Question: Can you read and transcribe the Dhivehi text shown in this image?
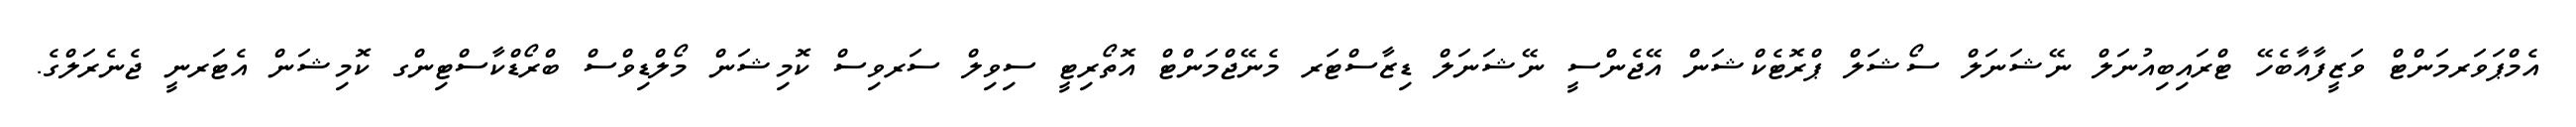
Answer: އެމްޕަވަރމަންޓް ވަޒީފާއާބެހޭ ޓްރައިބިއުނަލް ނޭޝަނަލް ސޯޝަލް ޕްރޮޓެކްޝަން އޭޖެންސީ ނޭޝަނަލް ޑިޒާސްޓަރ މެނޭޖްމަންޓް އޮތޯރިޓީ ސިވިލް ސަރވިސް ކޮމިޝަން މޯލްޑިވްސް ބްރޯޑްކާސްޓިންގ ކޮމިޝަން އެޓަރނީ ޖެނެރަލްގެ.